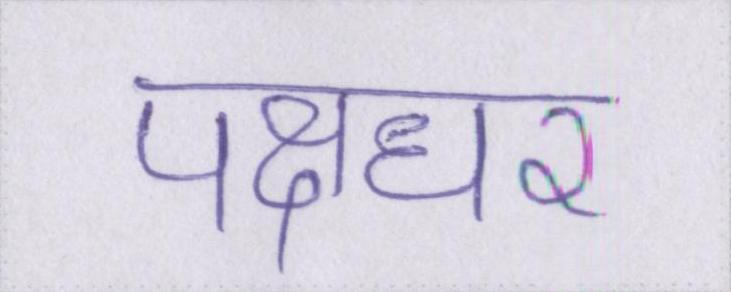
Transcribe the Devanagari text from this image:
पक्षधर